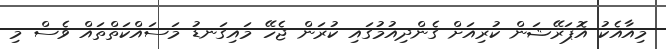
މިއާއެކު އޮޕަރޭޝަން ކުރިއަށް ގެންދިއުމުގައި ކުރަން ޖެހޭ މައިގަނޑު މަސައްކަތްތައް ވެސް މި